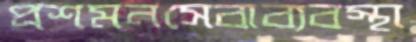
প্রশমনসেবাব্যবস্থা